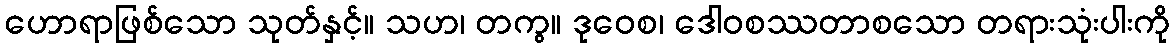
ဟောရာဖြစ်သော သုတ်နှင့်။ သဟ၊ တကွ။ ဒုဝေစ၊ ဒေါဝစဿတာစသော တရားသုံးပါးကို